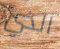
الذي